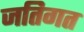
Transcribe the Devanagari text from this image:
जतिगत